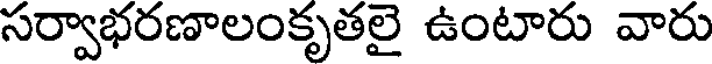
సర్వాభరణాలంకృతలై ఉంటారు వారు